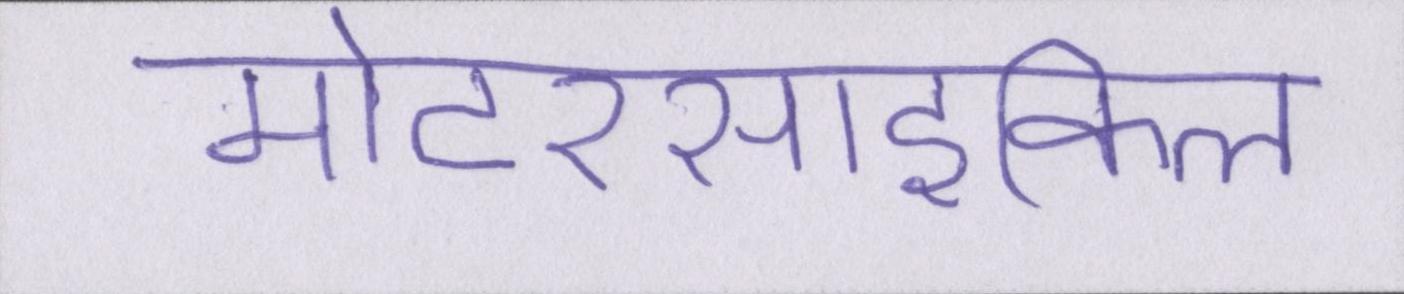
मोटरसाइकिल